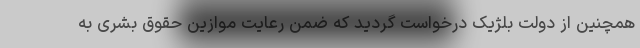
همچنین از دولت بلژیک درخواست گردید که ضمن رعایت موازین حقوق بشری به